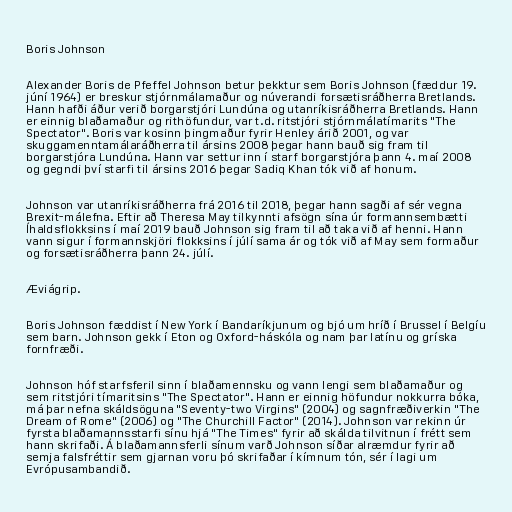
Boris Johnson

Alexander Boris de Pfeffel Johnson betur þekktur sem Boris Johnson (fæddur 19.
júní 1964) er breskur stjórnmálamaður og núverandi forsætisráðherra Bretlands.
Hann hafði áður verið borgarstjóri Lundúna og utanríkisráðherra Bretlands. Hann
er einnig blaðamaður og rithöfundur, var t.d. ritstjóri stjórnmálatímarits "The
Spectator". Boris var kosinn þingmaður fyrir Henley árið 2001, og var
skuggamenntamálaráðherra til ársins 2008 þegar hann bauð sig fram til
borgarstjóra Lundúna. Hann var settur inn í starf borgarstjóra þann 4. maí 2008
og gegndi því starfi til ársins 2016 þegar Sadiq Khan tók við af honum.

Johnson var utanríkisráðherra frá 2016 til 2018, þegar hann sagði af sér vegna
Brexit-málefna. Eftir að Theresa May tilkynnti afsögn sína úr formannsembætti
Íhaldsflokksins í maí 2019 bauð Johnson sig fram til að taka við af henni. Hann
vann sigur í formannskjöri flokksins í júlí sama ár og tók við af May sem formaður
og forsætisráðherra þann 24. júlí.

Æviágrip.

Boris Johnson fæddist í New York í Bandaríkjunum og bjó um hríð í Brussel í Belgíu
sem barn. Johnson gekk í Eton og Oxford-háskóla og nam þar latínu og gríska
fornfræði.

Johnson hóf starfsferil sinn í blaðamennsku og vann lengi sem blaðamaður og
sem ritstjóri tímaritsins "The Spectator". Hann er einnig höfundur nokkurra bóka,
má þar nefna skáldsöguna "Seventy-two Virgins" (2004) og sagnfræðiverkin "The
Dream of Rome" (2006) og "The Churchill Factor" (2014). Johnson var rekinn úr
fyrsta blaðamannsstarfi sínu hjá "The Times" fyrir að skálda tilvitnun í frétt sem
hann skrifaði. Á blaðamannsferli sínum varð Johnson síðar alræmdur fyrir að
semja falsfréttir sem gjarnan voru þó skrifaðar í kímnum tón, sér í lagi um
Evrópusambandið.